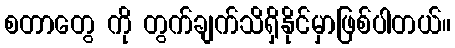
စတာတွေ ကို တွက်ချက်သိရှိနိုင်မှာဖြစ်ပါတယ်။